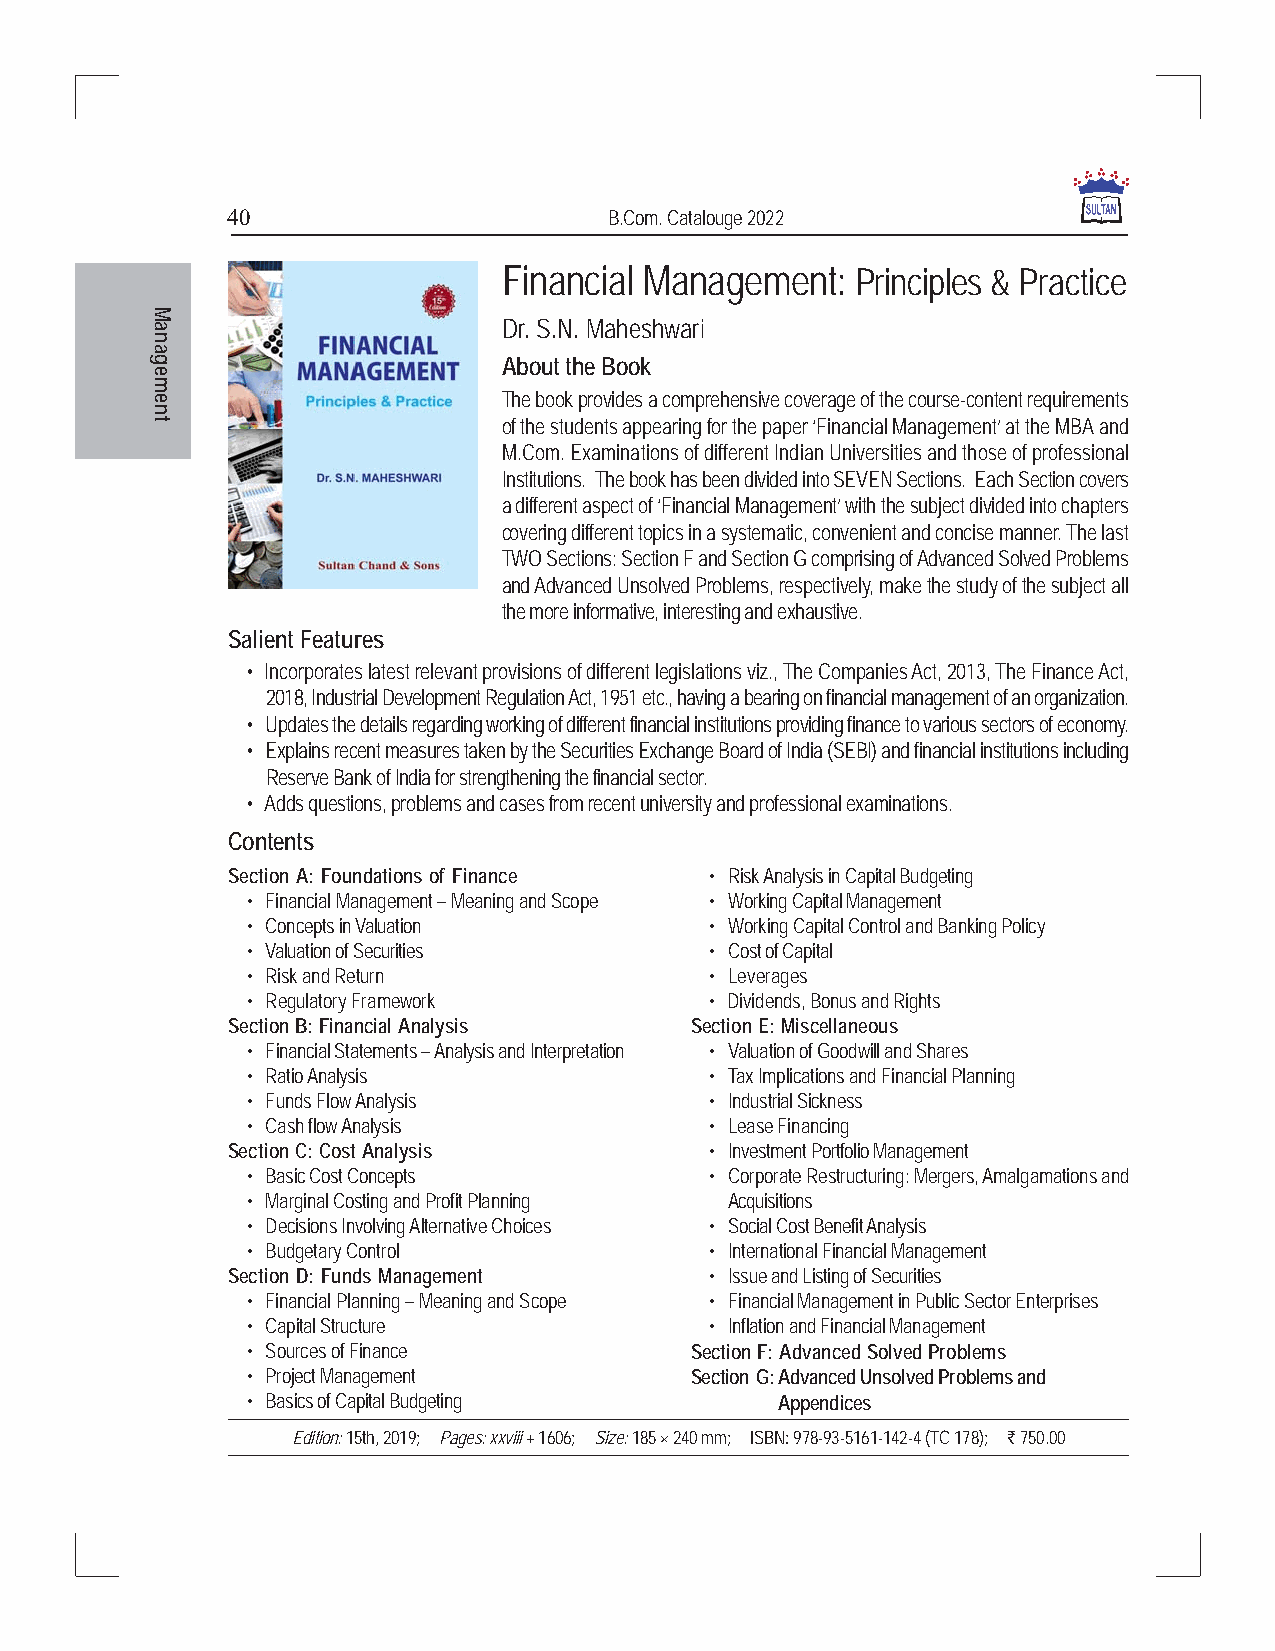
40                       B.Com. Catalouge 2022
 Financial Management:   Principles & Practice
 Dr. S.N. Maheshwari
 About the Book
 The book provides a comprehensive coverage of the course-content requirements
 of the students appearing for the paper ‘Financial Management’ at the MBA and
 M.Com. Examinations of different Indian Universities and those of professional
 Institutions. The book has been divided into SEVEN Sections. Each Section covers
 a different aspect of ‘Financial Management’ with the subject divided into chapters
 covering different topics in a systematic, convenient and concise manner. The last
 TWO Sections: Section F and Section G comprising of Advanced Solved Problems
 and Advanced Unsolved Problems, respectively, make the study of the subject all
 the more informative, interesting and exhaustive.
 Salient Features
 • Incorporates latest relevant provisions of different legislations viz., The Companies Act, 2013, The Finance Act,
 2018, Industrial Development Regulation Act, 1951 etc., having a bearing on financial management of an organization.
 • Updates the details regarding working of different financial institutions providing finance to various sectors of economy.
 • Explains recent measures taken by the Securities Exchange Board of India (SEBI) and financial institutions including
 Reserve Bank of India for strengthening the financial sector.
 • Adds questions, problems and cases from recent university and professional examinations.
 Contents
 Section A: Foundations of Finance • Risk Analysis in Capital Budgeting
 • Financial Management – Meaning and Scope • Working Capital Management
 • Concepts in Valuation        • Working Capital Control and Banking Policy
 • Valuation of Securities      • Cost of Capital
 • Risk and Return              • Leverages
 • Regulatory Framework         • Dividends, Bonus and Rights
 Section B: Financial Analysis  Section E: Miscellaneous
 • Financial Statements – Analysis and Interpretation • Valuation of Goodwill and Shares
 • Ratio Analysis               • Tax Implications and Financial Planning
 • Funds Flow Analysis          • Industrial Sickness
 • Cash flow Analysis           • Lease Financing
 Section C: Cost Analysis        • Investment Portfolio Management
 • Basic Cost Concepts          • Corporate Restructuring: Mergers, Amalgamations and
 • Marginal Costing and Profit Planning Acquisitions
 • Decisions Involving Alternative Choices • Social Cost Benefit Analysis
 • Budgetary Control            • International Financial Management
 Section D: Funds Management     • Issue and Listing of Securities
 • Financial Planning – Meaning and Scope • Financial Management in Public Sector Enterprises
 • Capital Structure            • Inflation and Financial Management
 • Sources of Finance          Section F: Advanced Solved Problems
 • Project Management          Section G:Advanced Unsolved Problems and
 • Basics of Capital Budgeting       Appendices
 Edition: 15th, 2019; Pages: xxviii + 1606; Size: 185 × 240 mm; ISBN: 978-93-5161-142-4 (TC 178); ` 750.00
 Management